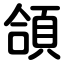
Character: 頜